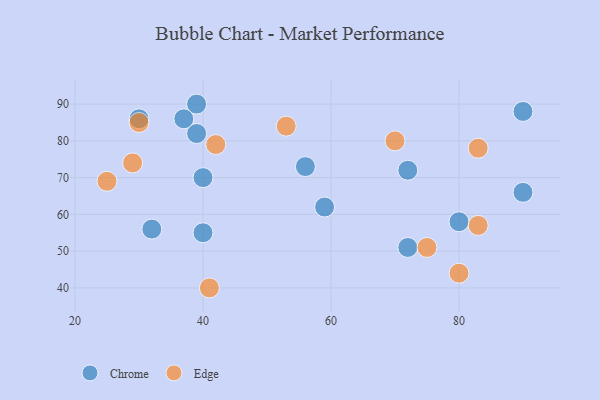
{"axis": {"x": "GDP", "y": "Life Expectancy"}, "legend": ["Chrome", "Edge"], "data": [{"x": "39", "y": 90, "type": "Chrome"}, {"x": "72", "y": 51, "type": "Chrome"}, {"x": "40", "y": 70, "type": "Chrome"}, {"x": "56", "y": 73, "type": "Chrome"}, {"x": "80", "y": 58, "type": "Chrome"}, {"x": "30", "y": 86, "type": "Chrome"}, {"x": "40", "y": 55, "type": "Chrome"}, {"x": "39", "y": 82, "type": "Chrome"}, {"x": "72", "y": 72, "type": "Chrome"}, {"x": "90", "y": 66, "type": "Chrome"}, {"x": "59", "y": 62, "type": "Chrome"}, {"x": "32", "y": 56, "type": "Chrome"}, {"x": "37", "y": 86, "type": "Chrome"}, {"x": "90", "y": 88, "type": "Chrome"}, {"x": "75", "y": 51, "type": "Edge"}, {"x": "42", "y": 79, "type": "Edge"}, {"x": "80", "y": 44, "type": "Edge"}, {"x": "70", "y": 80, "type": "Edge"}, {"x": "25", "y": 69, "type": "Edge"}, {"x": "30", "y": 85, "type": "Edge"}, {"x": "41", "y": 40, "type": "Edge"}, {"x": "83", "y": 57, "type": "Edge"}, {"x": "83", "y": 78, "type": "Edge"}, {"x": "29", "y": 74, "type": "Edge"}, {"x": "53", "y": 84, "type": "Edge"}]}